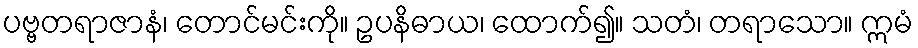
ပဗ္ဗတရာဇာနံ၊ တောင်မင်းကို။ ဥပနိဓာယ၊ ထောက်၍။ သတံ၊ တရာသော။ ဣမံ